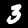
Digit: 3